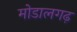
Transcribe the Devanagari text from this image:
मोडालगढ़